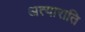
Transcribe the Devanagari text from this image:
अत्याराति